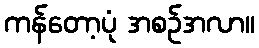
ကန်တော့ပုံ အစဉ်အလာ။